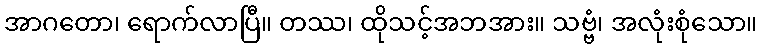
အာဂတော၊ ရောက်လာပြီ။ တဿ၊ ထိုသင့်အဘအား။ သဗ္ဗံ၊ အလုံးစုံသော။